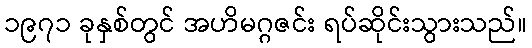
၁၉၇၁ ခုနှစ်တွင် အဟိမဂ္ဂဇင်း ရပ်ဆိုင်းသွားသည်။